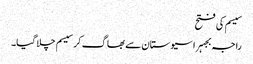
سیسم کی فتح
راجہ بجہرا سیوستان سے بھاگ کر سیسم چلا گیا۔